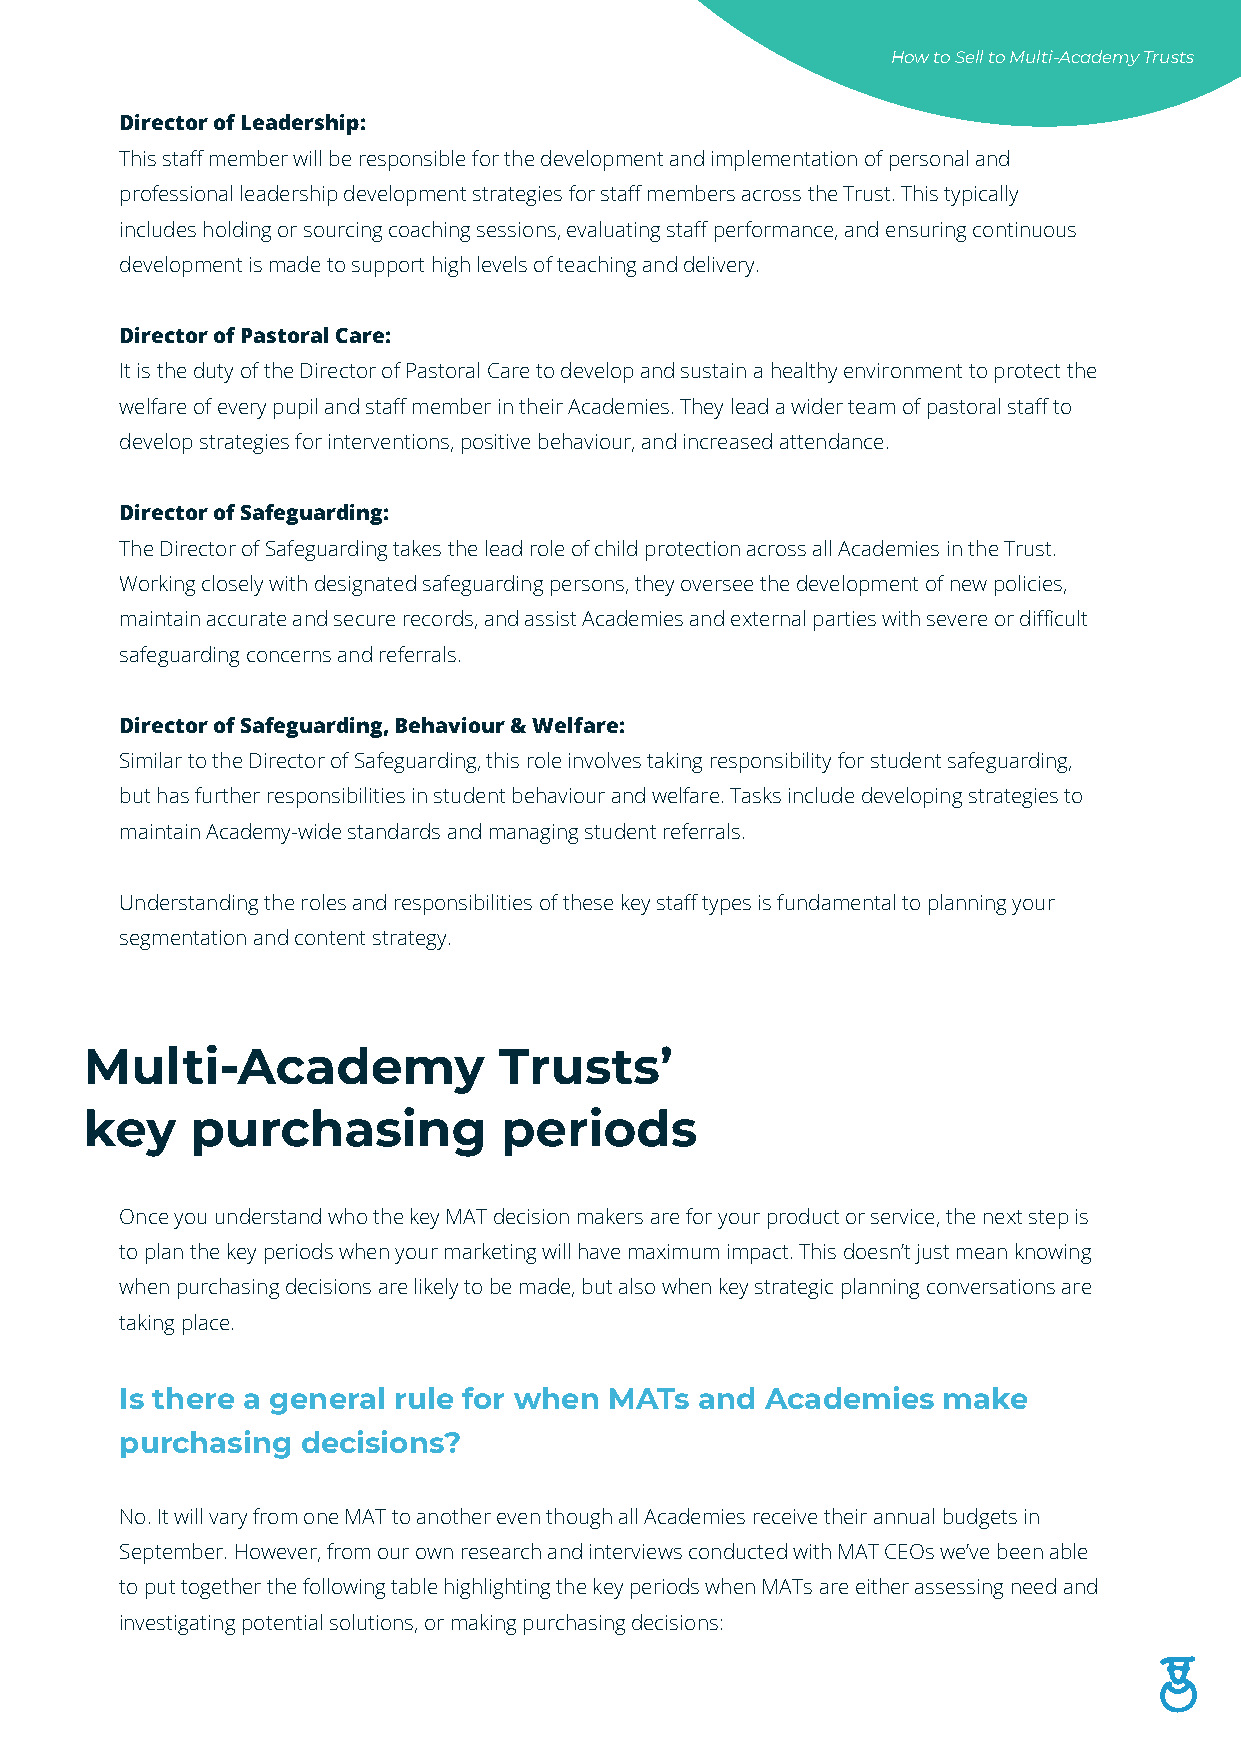
How to Sell to Multi-Academy Trusts
 Director of Leadership:
 This staff member will be responsible for the development and implementation of personal and
 professional leadership development strategies for staff members across the Trust. This typically
 includes holding or sourcing coaching sessions, evaluating staff performance, and ensuring continuous
 development is made to support high levels of teaching and delivery.
 Director of Pastoral Care:
 It is the duty of the Director of Pastoral Care to develop and sustain a healthy environment to protect the
 welfare of every pupil and staff member in their Academies. They lead a wider team of pastoral staff to
 develop strategies for interventions, positive behaviour, and increased attendance.
 Director of Safeguarding:
 The Director of Safeguarding takes the lead role of child protection across all Academies in the Trust.
 Working closely with designated safeguarding persons, they oversee the development of new policies,
 maintain accurate and secure records, and assist Academies and external parties with severe or difficult
 safeguarding concerns and referrals.
 Director of Safeguarding, Behaviour & Welfare:
 Similar to the Director of Safeguarding, this role involves taking responsibility for student safeguarding,
 but has further responsibilities in student behaviour and welfare. Tasks include developing strategies to
 maintain Academy-wide standards and managing student referrals.
 Understanding the roles and responsibilities of these key staff types is fundamental to planning your
 segmentation and content strategy.
 Multi-Academy              Trusts’
 key    purchasing          periods
 Once you understand who the key MAT decision makers are for your product or service, the next step is
 to plan the key periods when your marketing will have maximum impact. This doesn’t just mean knowing
 when purchasing decisions are likely to be made, but also when key strategic planning conversations are
 taking place.
 Is there a general rule for when MATs and  Academies  make
 purchasing  decisions?
 No. It will vary from one MAT to another even though all Academies receive their annual budgets in
 September. However, from our own research and interviews conducted with MAT CEOs we’ve been able
 to put together the following table highlighting the key periods when MATs are either assessing need and
 investigating potential solutions, or making purchasing decisions: